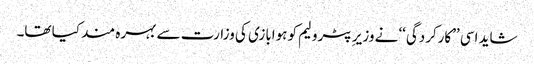
شاید اسی ’’کارکردگی‘‘ نے وزیر ِپٹرولیم کو ہوابازی کی وزارت سے بہرہ مند کیا تھا۔